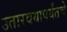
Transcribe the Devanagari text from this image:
उतारवयापर्यंतचे